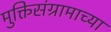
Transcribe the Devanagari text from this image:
मुक्तिसंग्रामाच्या